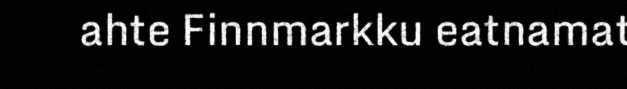
ahte Finnmarkku eatnamat